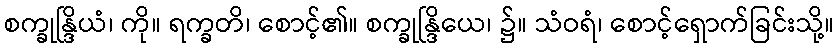
စက္ခုန္ဒြိယံ၊ ကို။ ရက္ခတိ၊ စောင့်၏။ စက္ခုန္ဒြိယေ၊ ၌။ သံဝရံ၊ စောင့်ရှောက်ခြင်းသို့။